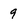
Character: 9